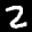
Label: 2